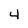
Character: 4